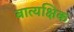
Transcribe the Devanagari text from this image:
बात्यक्षिक